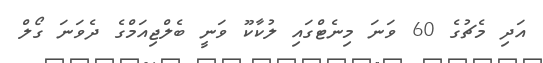
އަދި މެޗުގެ 60 ވަނަ މިނެޓްގައި ލުކާކޫ ވަނީ ބެލްޖިއަމްގެ ދެވަނަ ގޯލް